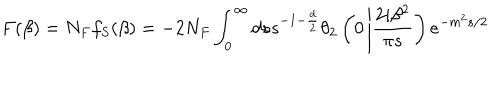
LaTeX: F ( \beta ) = N _ { F } f _ { S } ( \beta ) = - 2 N _ { F } \int _ { 0 } ^ { \infty } d s s ^ { - 1 - \frac { d } { 2 } } \theta _ { 2 } \left( 0 \left| \frac { 2 i \beta ^ { 2 } } { \pi s } \right. \right) e ^ { - m ^ { 2 } s / 2 }